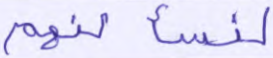
لنسألنهم